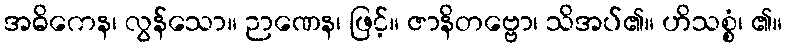
အဓိကေန၊ လွန်သော။ ဉာဏေန၊ ဖြင့်။ ဇာနိတဗ္ဗော၊ သိအပ်၏။ ဟိသစ္စံ၊ ၏။